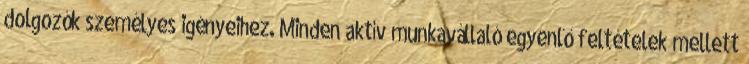
dolgozók személyes igényeihez. Minden aktív munkavállaló egyenlő feltételek mellett